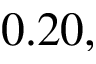
0 . 2 0 ,